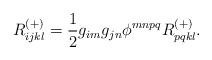
LaTeX: \begin{align*}R^{(+)}_{ijkl} = \frac{1}{2}g_{im}g_{jn}\phi^{mnpq}R^{(+)}_{pqkl} . \end{align*}